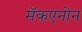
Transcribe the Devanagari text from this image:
मॅकएनोन